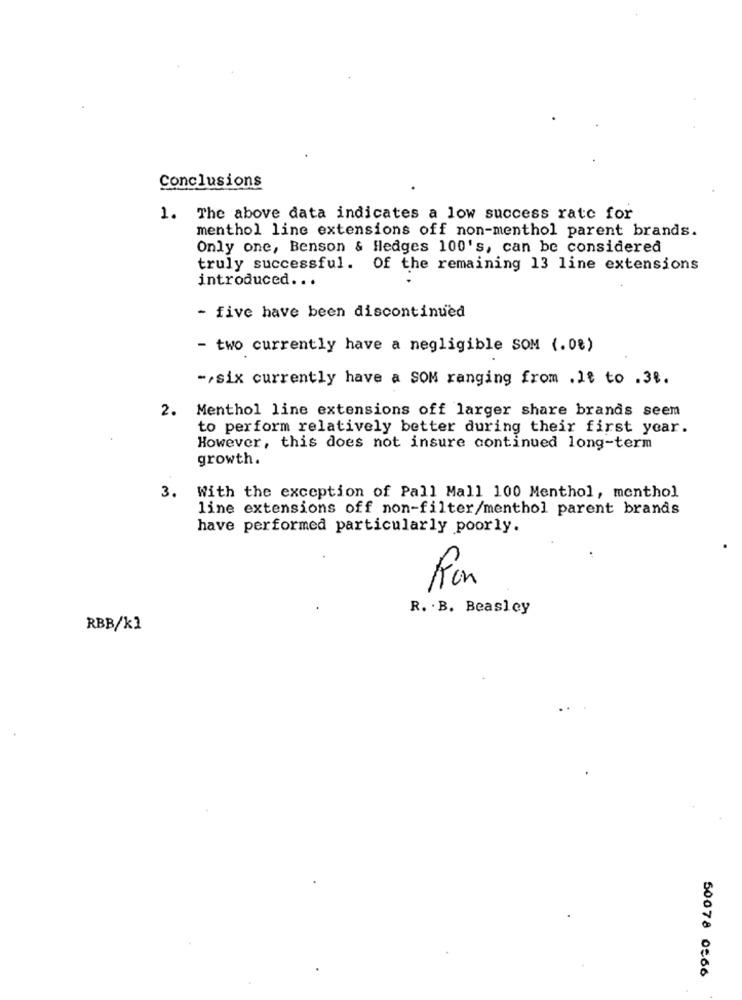
Conclusions
1. The above data indicates a low success rate for
menthol line extensions off non-menthol parent brands.
Only one, Benson & Hedges 100's, can be considered
truly successful. Of the remaining 13 line extensions
introduced. ..
- five have been discontinued
- two currently have a negligible SOM (.08)
- six currently have a SOM ranging from .It to .31.
2. Menthol line extensions off larger share brands seem
to perform relatively better during their first year.
However, this does not insure continued long-term
growth.
3. With the exception of Pall Mall 100 Menthol, menthol
line extensions off non-filter/menthol parent brands
have performed particularly poorly.
Ron
R. . B. Beasley
RBB/kl
50078 0566